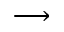
\longrightarrow